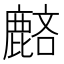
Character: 𪊺